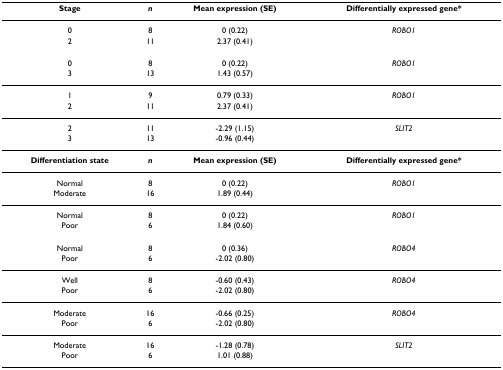
<table><thead><tr><td><b>Stage</b></td><td><b><i>n</i></b></td><td><b>Mean expression (SE)</b></td><td><b>Differentially expressed gene*</b></td></tr></thead><tbody><tr><td>0</td><td>8</td><td>0 (0.22)</td><td><i>ROBO1</i></td></tr><tr><td>2</td><td>11</td><td>2.37 (0.41)</td><td></td></tr><tr><td>0</td><td>8</td><td>0 (0.22)</td><td><i>ROBO1</i></td></tr><tr><td>3</td><td>13</td><td>1.43 (0.57)</td><td></td></tr><tr><td>1</td><td>9</td><td>0.79 (0.33)</td><td><i>ROBO1</i></td></tr><tr><td>2</td><td>11</td><td>2.37 (0.41)</td><td></td></tr><tr><td>2</td><td>11</td><td>-2.29 (1.15)</td><td><i>SLIT2</i></td></tr><tr><td>3</td><td>13</td><td>-0.96 (0.44)</td><td></td></tr><tr><td><b>Differentiation state</b></td><td><b><i>n</i></b></td><td><b>Mean expression (SE)</b></td><td><b>Differentially expressed gene*</b></td></tr><tr><td>Normal</td><td>8</td><td>0 (0.22)</td><td><i>ROBO1</i></td></tr><tr><td>Moderate</td><td>16</td><td>1.89 (0.44)</td><td></td></tr><tr><td>Normal</td><td>8</td><td>0 (0.22)</td><td><i>ROBO1</i></td></tr><tr><td>Poor</td><td>6</td><td>1.84 (0.60)</td><td></td></tr><tr><td>Normal</td><td>8</td><td>0 (0.36)</td><td><i>ROBO4</i></td></tr><tr><td>Poor</td><td>6</td><td>-2.02 (0.80)</td><td></td></tr><tr><td>Well</td><td>8</td><td>-0.60 (0.43)</td><td><i>ROBO4</i></td></tr><tr><td>Poor</td><td>6</td><td>-2.02 (0.80)</td><td></td></tr><tr><td>Moderate</td><td>16</td><td>-0.66 (0.25)</td><td><i>ROBO4</i></td></tr><tr><td>Poor</td><td>6</td><td>-2.02 (0.80)</td><td></td></tr><tr><td>Moderate</td><td>16</td><td>-1.28 (0.78)</td><td><i>SLIT2</i></td></tr><tr><td>Poor</td><td>6</td><td>1.01 (0.88)</td><td></td></tr></tbody></table>